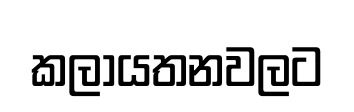
කලායතනවලට